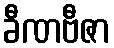
ခီဏဗီဇာ